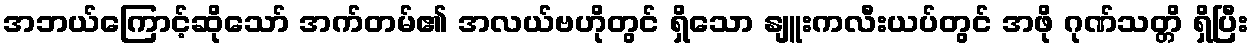
အဘယ်ကြောင့်ဆိုသော် အက်တမ်၏ အလယ်ဗဟိုတွင် ရှိသော နျူးကလီးယပ်တွင် အဖို ဂုဏ်သတ္တိ ရှိပြီး